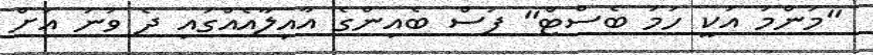
"މަންމަ އަކީ ހަމަ ބެސްޓް" ފަސް ބެއިންގެ އާއިލާއެއްގައި ދެ ވަނަ އަށް